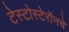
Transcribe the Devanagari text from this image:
टेस्टोस्टेरॉनचे